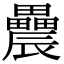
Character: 𨑌